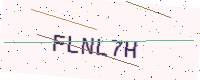
Text: FLNL7H